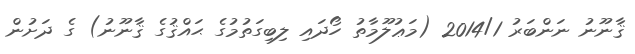
ޤާނޫނު ނަންބަރު 2014/1 (މަޢުލޫމާތު ހޯދައި ލިބިގަތުމުގެ ޙައްޤުގެ ޤާނޫނު) ގެ ދަށުން